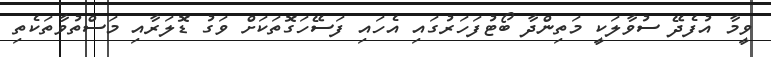
ވީމާ އުފެދޭ ސުވާލަކީ މަތިންދާ ބޯޓުފަހަރުގައި އެހައި ފަސޭހަގޮތަކަށް ވަގު ޑޮލަރާއި މަސްތުވާތަކެތި